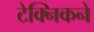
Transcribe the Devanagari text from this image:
टेक्निकने